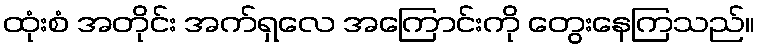
ထုံးစံ အတိုင်း အက်ရှလေ အကြောင်းကို တွေးနေကြသည်။